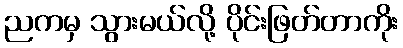
ညကမှ သွားမယ်လို့ ပိုင်းဖြတ်တာကိုး